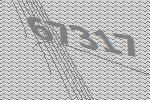
67317